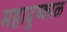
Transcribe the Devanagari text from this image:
महादुष्काळ